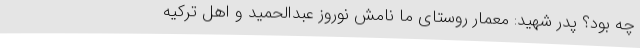
چه بود؟ پدر شهید: معمار روستای ما نامش نوروز عبدالحمید و اهل ترکیه